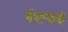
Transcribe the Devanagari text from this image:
बंधार्‍याची